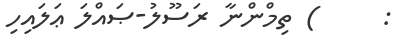
:     ) ތިމްންނާ ރަސޫލު-ޞައްލަ ޢަލައިހި